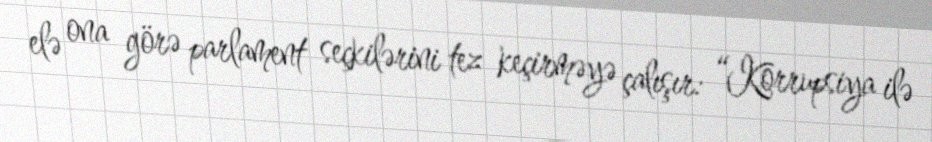
elə ona görə parlament seçkilərini tez keçirməyə çalışır: “Korrupsiya ilə